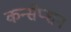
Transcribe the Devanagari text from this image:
कन्सेप्शन